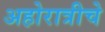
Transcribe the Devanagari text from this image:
अहोरात्रीचे